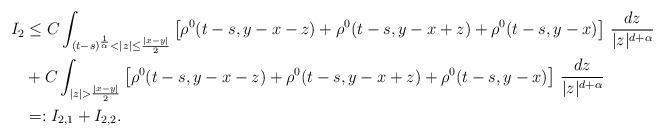
LaTeX: \begin{align*}I_2 & \leq C\int_{ (t-s)^{\frac{1}{\alpha}}<|z| \leq \frac{|x-y|}{2}} \left[\rho^0(t-s,y-x-z)+ \rho^0(t-s,y-x+z) + \rho^0(t-s,y-x) \right] \, \frac{dz}{|z|^{d + \alpha}} \\ &+ C\int_{|z| > \frac{|x-y|}{2}} \left[\rho^0(t-s,y-x-z) + \rho^0(t-s,y-x+z) + \rho^0(t-s,y-x) \right] \, \frac{dz}{|z|^{d + \alpha}}\\ &=: I_{2,1} + I_{2,2}.\end{align*}